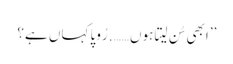
’’ابھی سُن لیتا ہوں……. رُوپا کہاں ہے؟